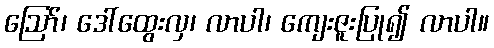
ဪ၊ ဒေါ်ထွေးလှ၊ လာပါ၊ ကျေးဇူးပြု၍ လာပါ။